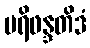
ပရိဖန္ဒတိဒံ